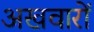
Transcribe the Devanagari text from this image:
अखवारों